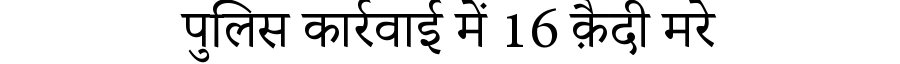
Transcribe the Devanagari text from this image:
पुलिस कार्रवाई में 16 क़ैदी मरे